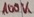
Text: 100K